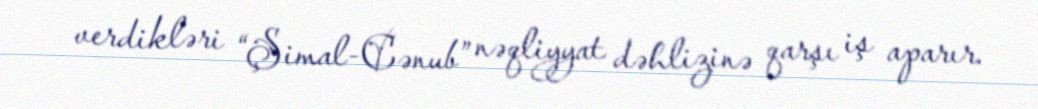
verdikləri “Şimal-Cənub” nəqliyyat dəhlizinə qarşı iş aparır.